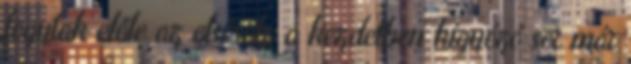
fogytak előle az elsősök, a kezdetben kígyózó sor már